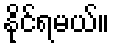
နိုင်ရမယ်။